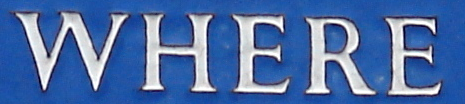
WHERE